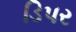
ડિપર